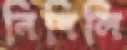
নিবিলি